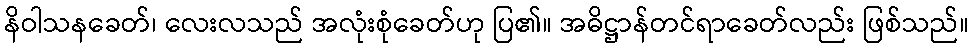
နိဝါသနခေတ်၊ လေးလသည် အလုံးစုံခေတ်ဟု ပြ၏။ အဓိဋ္ဌာန်တင်ရာခေတ်လည်း ဖြစ်သည်။